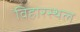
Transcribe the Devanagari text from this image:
विहारस्थल